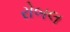
રોબલ